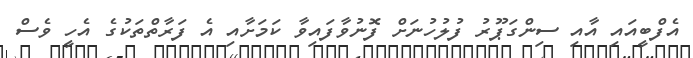
އެފްބީއައި އާއި ސިންގަޕޫރު ފުލުހުނަށް ފޮނުވާފައިވާ ކަމަށާއި އެ ފަރާތްތަކުގެ އެހީ ވެސް